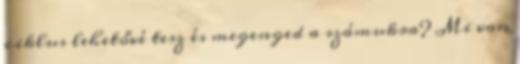
ciklus lehetővé tesz és megenged a számukra? Mi van